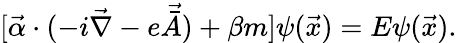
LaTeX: [\vec{\alpha}\cdot(-i\vec{\nabla}-e\vec{\bar{A}})+\beta m]\psi(\vec{x})=E\psi(\vec{x}).